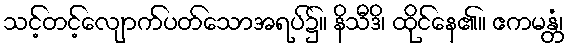
သင့်တင့်လျောက်ပတ်သောအရပ်၌။ နိသီဒိ၊ ထိုင်နေ၏။ ဧကမန္တံ၊